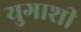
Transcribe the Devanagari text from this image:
युगाशी